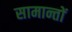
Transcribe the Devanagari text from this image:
सामान्तों